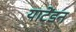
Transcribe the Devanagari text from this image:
याटेंडन